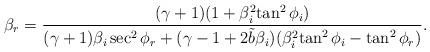
LaTeX: \begin{align*}\beta_r=\dfrac{(\gamma+1)(1+{\beta^2_i}{\tan^2{\phi_i}})}{(\gamma+1){\beta_i}\sec^2{\phi_r}+(\gamma-1+2\tilde{b}\beta_i)({\beta^2_i}{\tan^2{\phi_i}}-\tan^2{\phi_r})}.\end{align*}